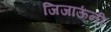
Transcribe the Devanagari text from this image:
जिजाऊंनी